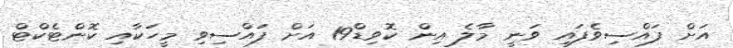
އަށް ފައްސިވެފައި ވަނީ މާލެ އިން ކޮވިޑް19 އަށް ފައްސިވި މީހަކާއި ކޮންޓެކްޓް